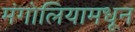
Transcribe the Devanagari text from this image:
मंगोलियामधून